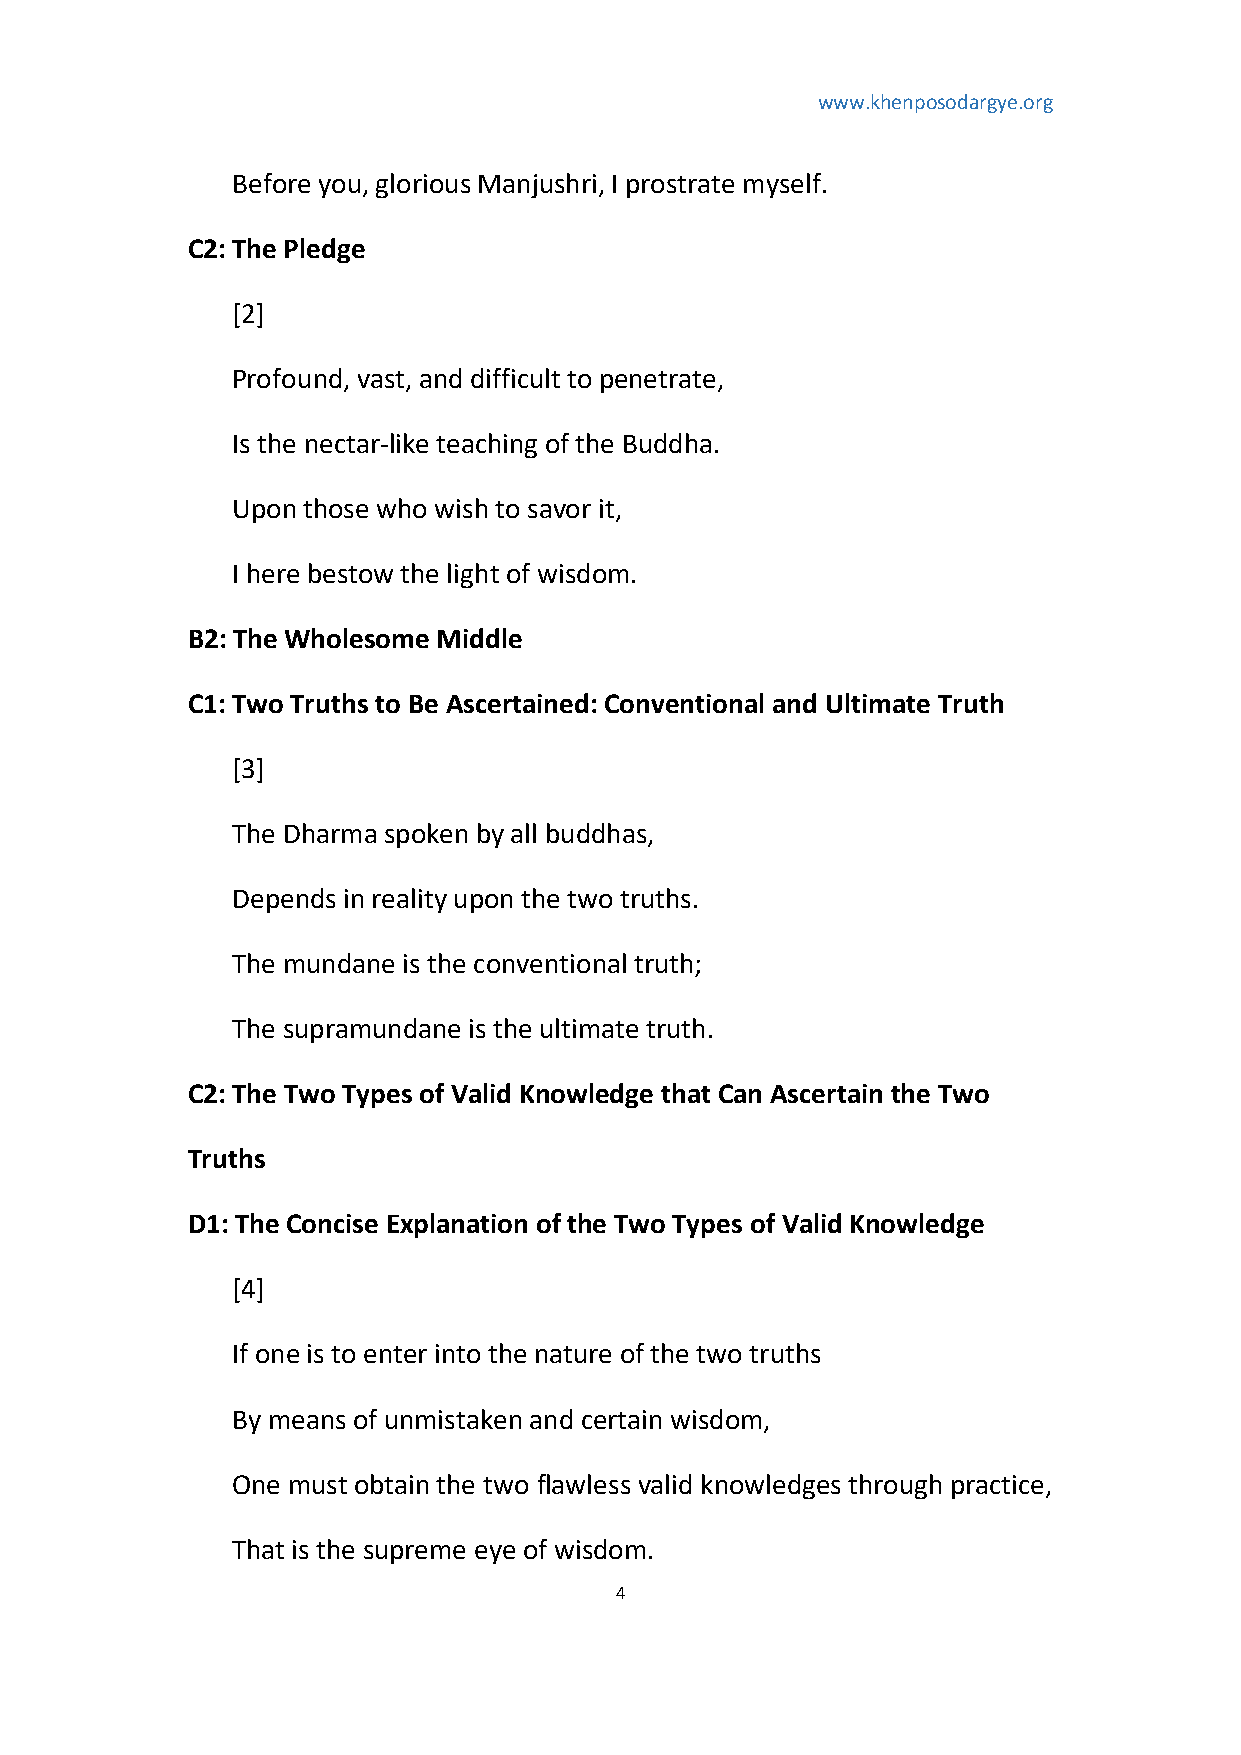
www.khenposodargye.org
 Before you, glorious Manjushri, I prostrate myself.
 C2: The Pledge
 [2]
 Profound, vast, and difficult to penetrate,
 Is the nectar-like teaching of the Buddha.
 Upon those who wish to savor it,
 I here bestow the light of wisdom.
 B2: The Wholesome Middle
 C1: Two Truths to Be Ascertained: Conventional and Ultimate Truth
 [3]
 The Dharma spoken by all buddhas,
 Depends in reality upon the two truths.
 The mundane is the conventional truth;
 The supramundane is the ultimate truth.
 C2: The Two Types of Valid Knowledge that Can Ascertain the Two
 Truths
 D1: The Concise Explanation of the Two Types of Valid Knowledge
 [4]
 If one is to enter into the nature of the two truths
 By means of unmistaken and certain wisdom,
 One must obtain the two flawless valid knowledges through practice,
 That is the supreme eye of wisdom.
 4